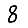
Digit: 8